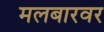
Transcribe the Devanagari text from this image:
मलबारवर